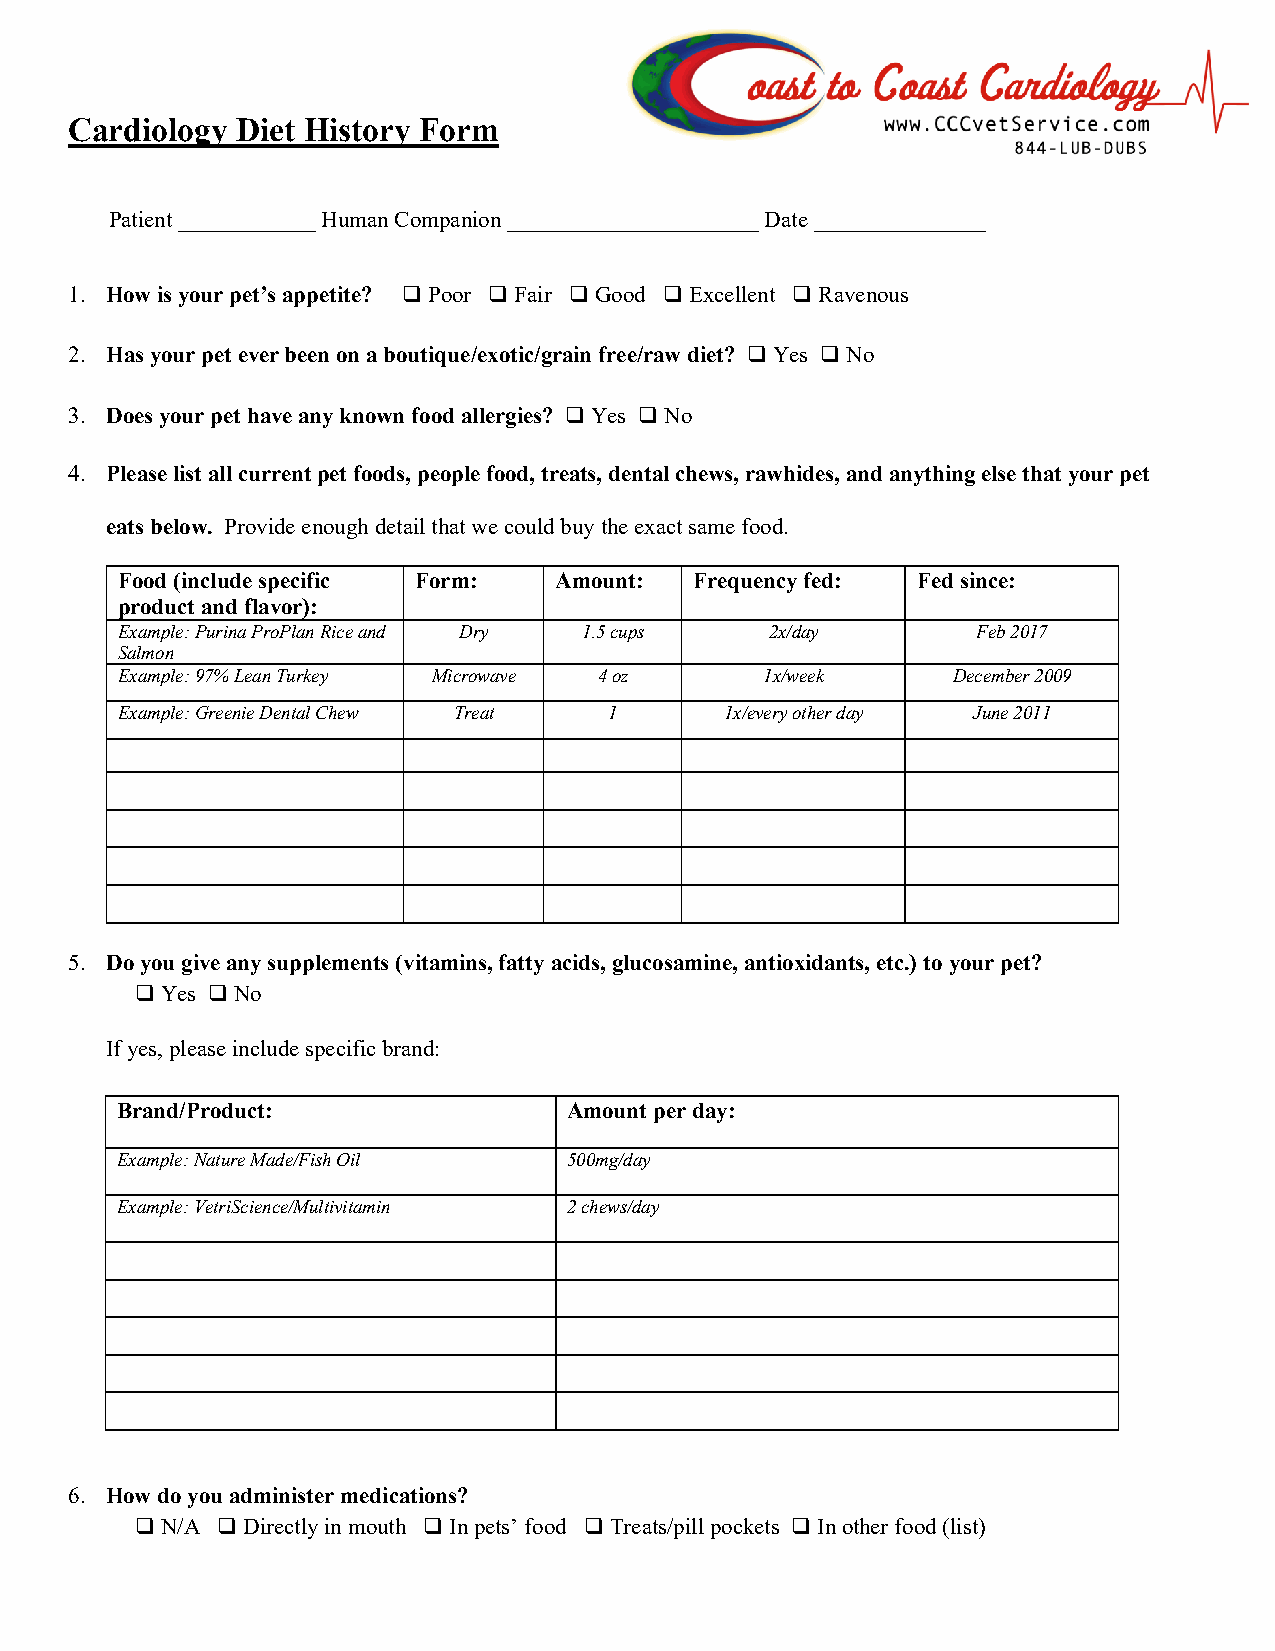
Cardiology Diet History Form
 Patient ____________ Human Companion ______________________ Date _______________
 1. How is your pet’s appetite? ❑ Poor ❑ Fair ❑ Good ❑ Excellent ❑ Ravenous
 2. Has your pet ever been on a boutique/exotic/grain free/raw diet? ❑ Yes ❑ No
 3. Does your pet have any known food allergies? ❑ Yes ❑ No
 4. Please list all current pet foods, people food, treats, dental chews, rawhides, and anything else that your pet
 eats below. Provide enough detail that we could buy the exact same food.
 Food (include specific Form: Amount:  Frequency fed: Fed since:
 product and flavor):
 Example: Purina ProPlan Rice and Dry 1.5 cups 2x/day     Feb 2017
 Salmon
 Example: 97% Lean Turkey Microwave 4 oz    1x/week     December 2009
 Example: Greenie Dental Chew Treat 1    1x/every other day June 2011
 5. Do you give any supplements (vitamins, fatty acids, glucosamine, antioxidants, etc.) to your pet?
 ❑ Yes ❑ No
 If yes, please include specific brand:
 Brand/Product:                Amount per day:
 Example: Nature Made/Fish Oil 500mg/day
 Example: VetriScience/Multivitamin 2 chews/day
 6. How do you administer medications?
 ❑ N/A ❑ Directly in mouth ❑ In pets’ food ❑ Treats/pill pockets ❑ In other food (list)